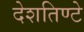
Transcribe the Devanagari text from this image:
देशतिण्टे